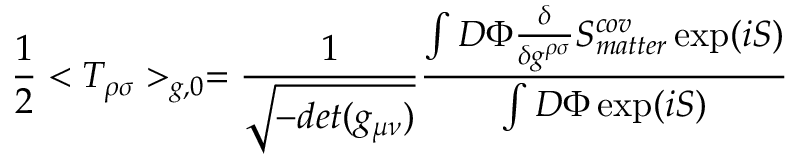
{ \frac { 1 } { 2 } } < T _ { \rho \sigma } > _ { g , 0 } = { \frac { 1 } { \sqrt { - d e t ( g _ { \mu \nu } ) } } } \frac { \int { \cal D } \Phi { \frac { \delta } { \delta g ^ { \rho \sigma } } } S _ { m a t t e r } ^ { c o v } \exp ( i S ) } { \int { \cal D } \Phi \exp ( i S ) }